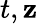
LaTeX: t,\mathbf{z}